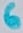
Text: 6